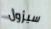
سيزول